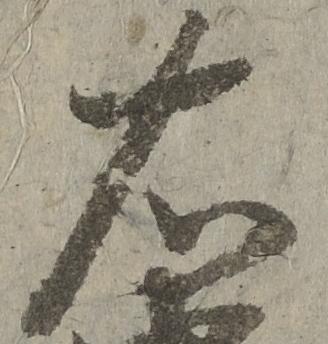
左